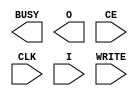
module ICAP_SPARTAN3A (BUSY, O, CE, CLK, I, WRITE);

    output BUSY;
    output [7:0] O;

    input  CE, CLK, WRITE;
    input  [7:0] I; 
    
endmodule